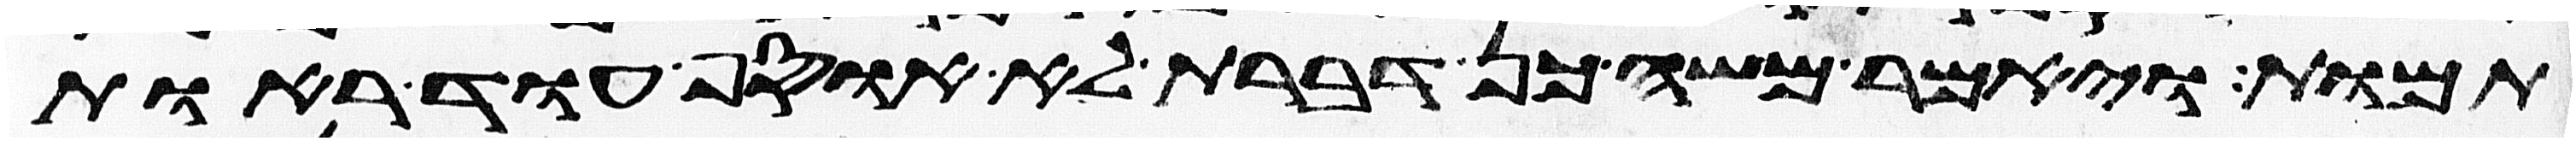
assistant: תמות ויאמר משה כן דברת לא אוסיף עוד ראות